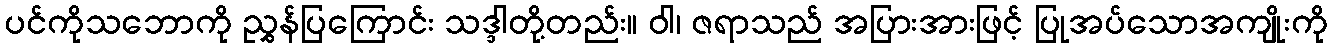
ပင်ကိုသဘောကို ညွှန်ပြကြောင်း သဒ္ဒါတို့တည်း။ ဝါ၊ ဇရာသည် အပြားအားဖြင့် ပြုအပ်သောအကျိုးကို